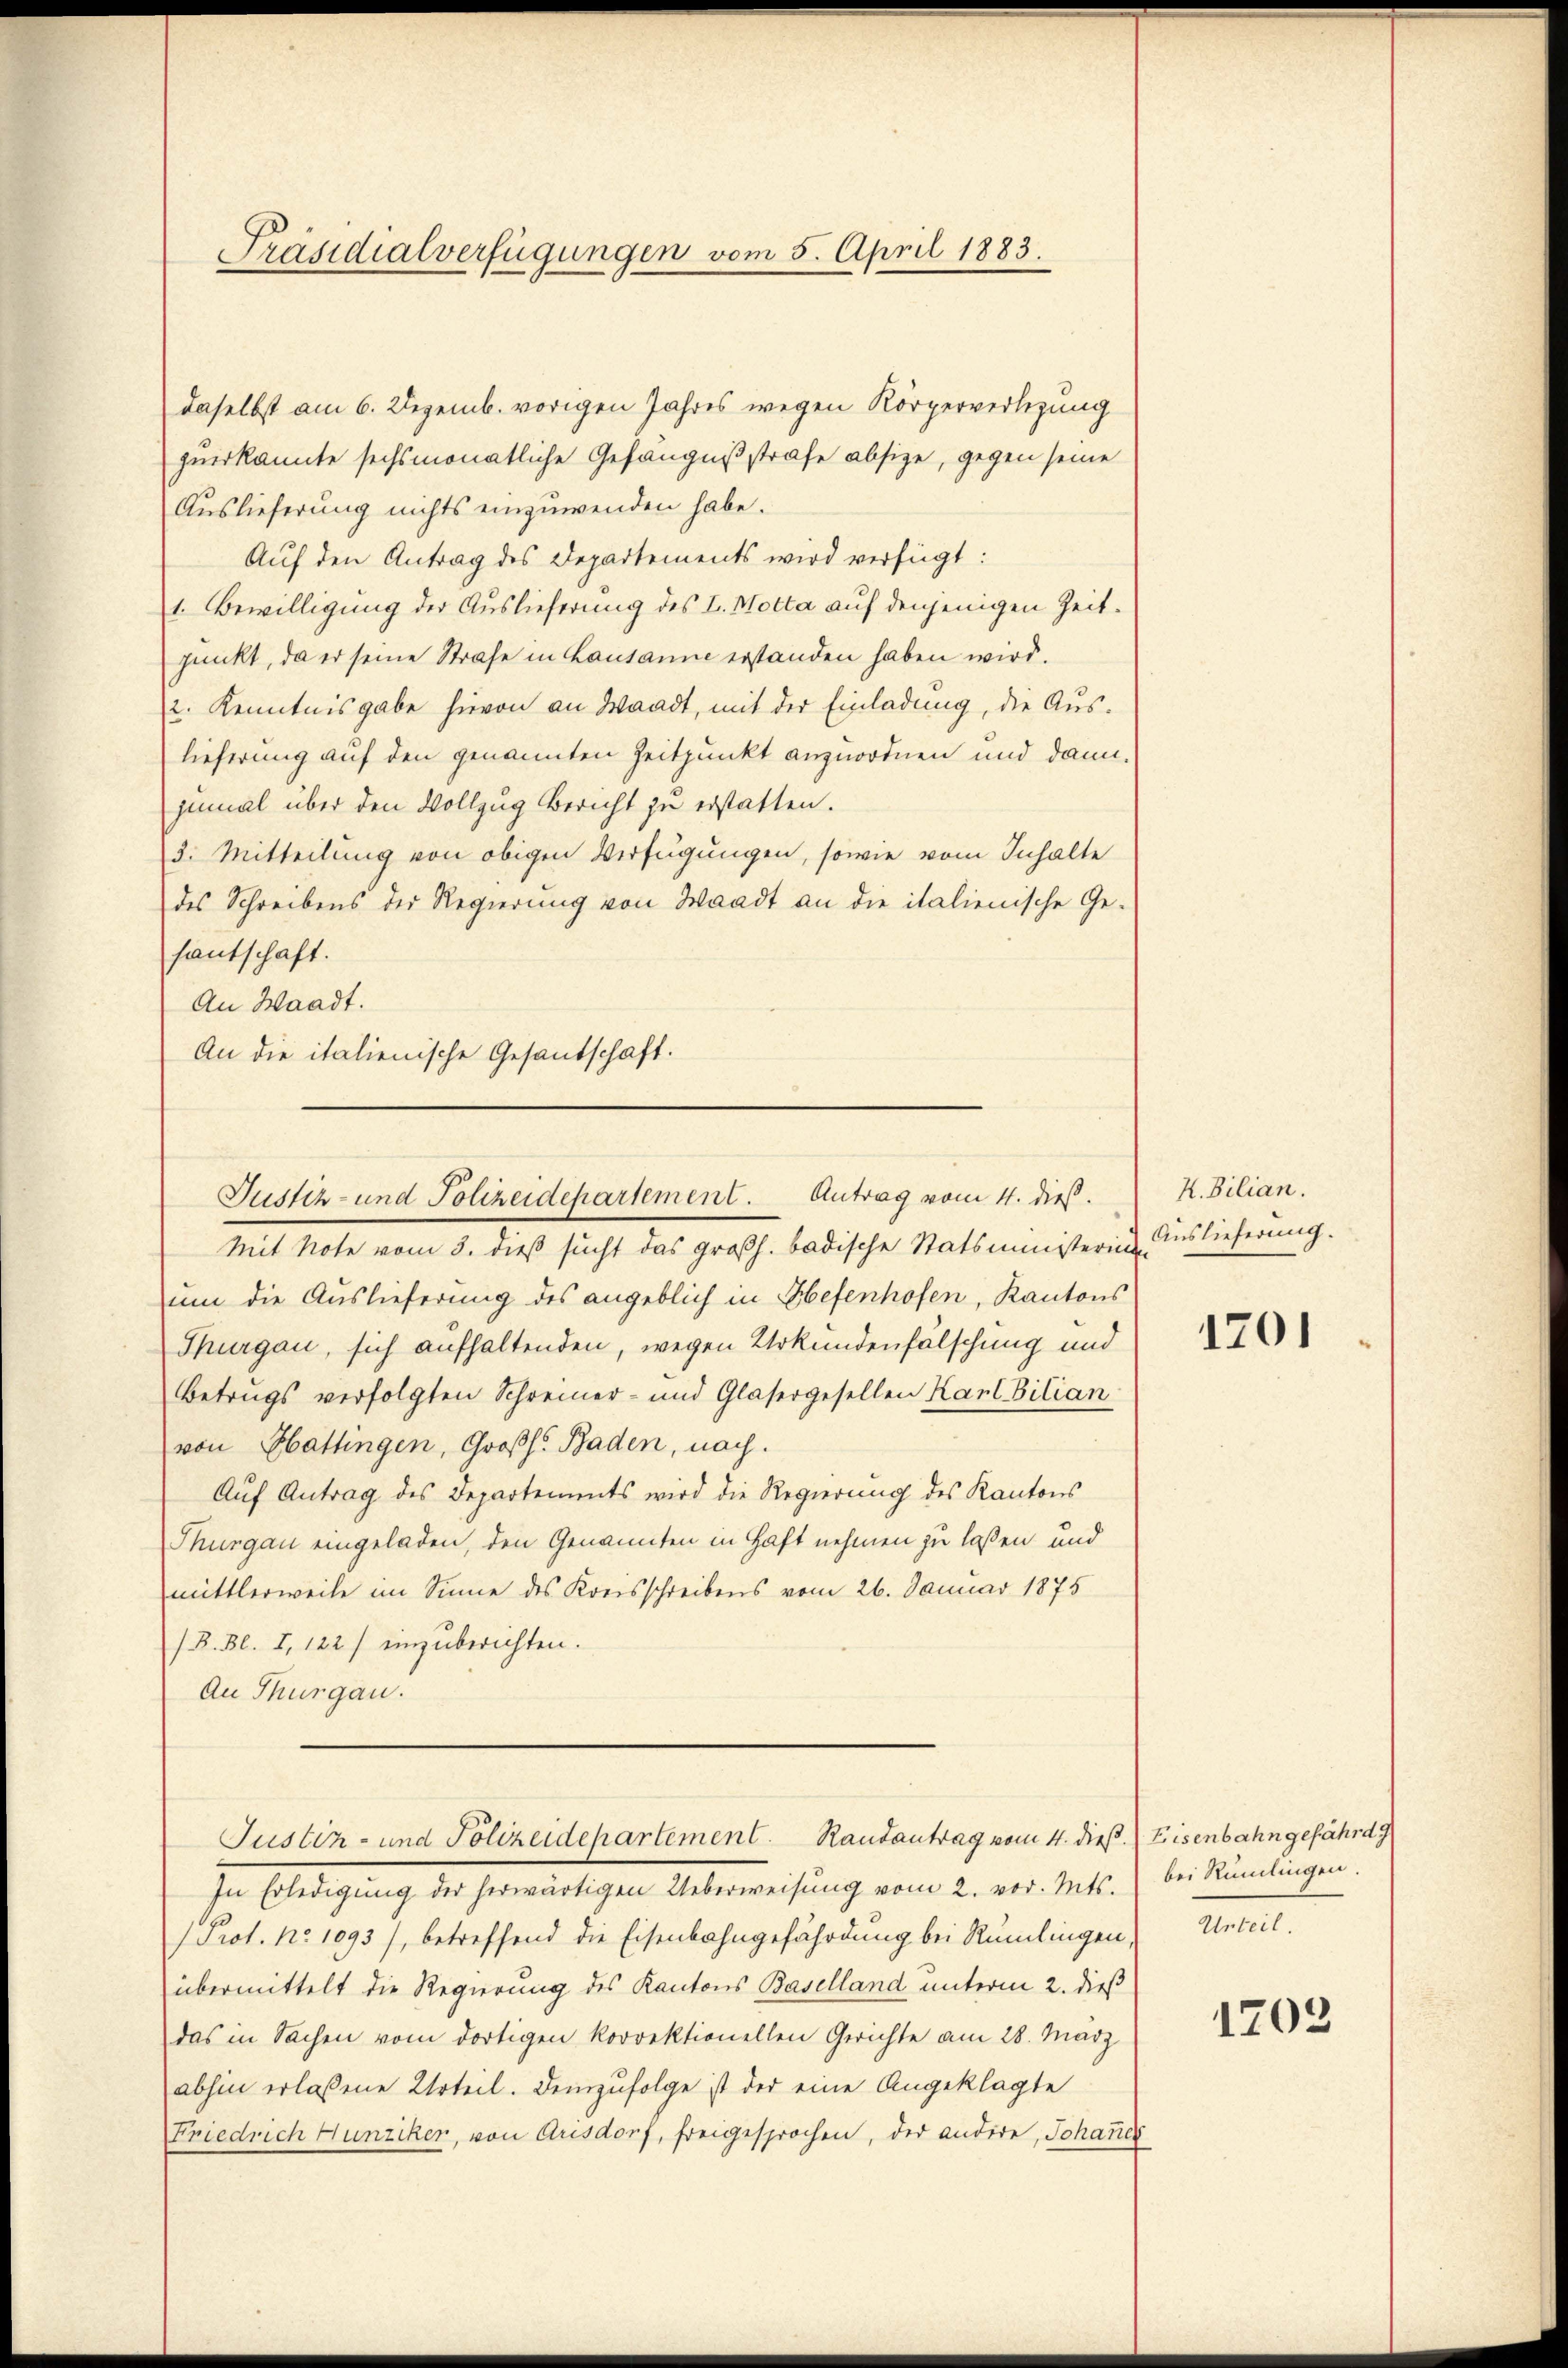
Präsidialverfügungen vom 5. April 1883.

daselbst am 6. Dezemb. vorigen Jahres wegen Körperverlegung
zuerkannte sechsmonatliche Gefängnißstrafe absize, gegen seine
Auslieferung nichts einzuwenden habe.
Auf den Antrag des Departements wird verfügt:
1. Bewilligung der Auslieferung des L. Motta auf denjenigen Zeitjunkt, da er seine Strafe in Lausanne erstanden haben wird.
12. Kenntnisgabe hievon an Waadt, mit der Einladung, die Auslieferung auf den genannten Zeitpunkt anzuordnen und dann,
zumal über den Vollzug Bericht zu erstatten.
3. Mitteilung von obigen Verfügungen, sowie vom Inhalte
des Schreibens der Regierung von Waadt an die italienische Ge-
santschaft.
An Waadt.
Mit Note vom 3. dieß sucht das großh. badische Statsministerin Auslieferung.
um die Auslieferung des angeblich in Hefenhofen, Kantons
Thurgau, sich aufhaltenden, wegen Urkundenfalschung und
Betrugs verfolgten Schreiner- und Glasergesellen Karl Bilian
von Gattingen, Großh. Baden, nach.
Aŭf Antrag des Departements wird die Regierung des Kantons
Thurgau eingeladen, den Genannten in Haft nehmen zu laßen und
mittlerweile im Sinne des Kreisschreibens vom 26. Januar 1875
/B. Bl. I, 122) einzuberichten.
An Thurgau.
Justiz- und Polizeidepartement. Randantrag vom 4. dieß.
In Erledigung der herwärtigen Ueberweisung vom 2. vor. Mts.
 Prot. No 1093), betreffend die Eisenbahngefährdung bei Rümlingen,
übermittelt die Regierung des Kantons Baselland unterm 2. dieß
das in Sachen vom dortigen korrektionellen Gerichte am 28. März
abhin erlassene Urteil. Demzufolge ist der eine Angeklagte
Friedrich Hunziker, von Arisdorf, freigesprochen, der andere, Johanner

An die italienische Gesantschaft.

Justiz- und Polizeidepartement. Antrag vom 4. dieß.

H. Dilian.

1201

Eisenbahn gefährd
bei Rümlingen.
Urteil.

1202